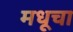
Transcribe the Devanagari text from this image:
मधूचा